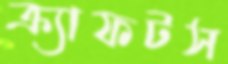
ক্র্যাফটস